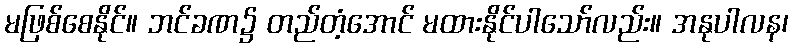
မဖြစ်စေနိုင်။ ဘင်ခဏ၌ တည်တံ့အောင် မထားနိုင်ပါသော်လည်း။ အနုပါလန၊